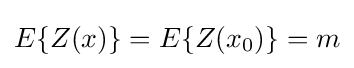
E\{Z(x)\}=E\{Z(x_{0})\}=m